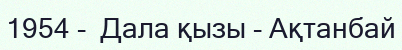
1954 -  Дала қызы - Ақтанбай